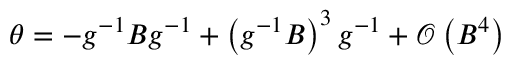
\theta = - g ^ { - 1 } B g ^ { - 1 } + \left( g ^ { - 1 } B \right) ^ { 3 } g ^ { - 1 } + \mathcal { O } \left( B ^ { 4 } \right)